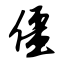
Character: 僵